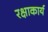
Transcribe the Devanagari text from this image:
रक्षाकार्य